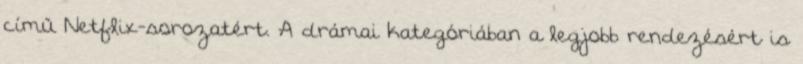
című Netflix-sorozatért. A drámai kategóriában a legjobb rendezésért is